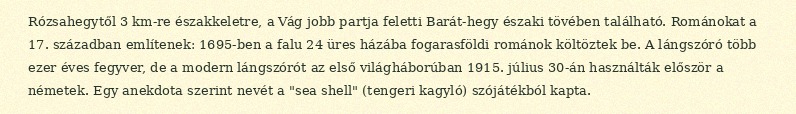
Rózsahegytől 3 km-re északkeletre, a Vág jobb partja feletti Barát-hegy északi tövében található. Románokat a 17. században említenek: 1695-ben a falu 24 üres házába fogarasföldi románok költöztek be. A lángszóró több ezer éves fegyver, de a modern lángszórót az első világháborúban 1915. július 30-án használták először a németek. Egy anekdota szerint nevét a "sea shell" (tengeri kagyló) szójátékból kapta.